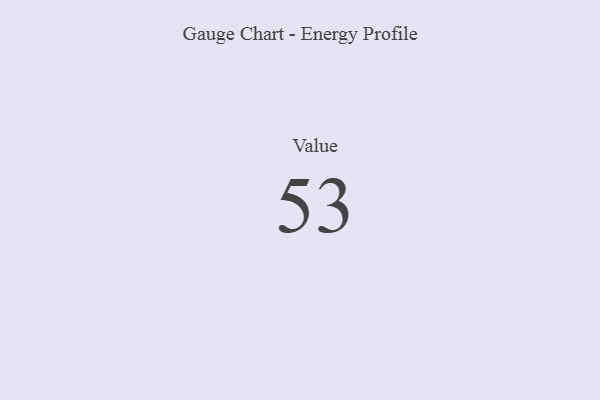
{"axis": {"x": "Metric", "y": "Value"}, "legend": [""], "data": [{"x": "Value", "y": 53, "type": ""}]}